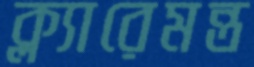
ক্ল্যারেমন্ত